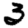
Digit: 3